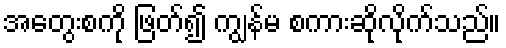
အတွေးစကို ဖြတ်၍ ကျွန်မ စကားဆိုလိုက်သည်။